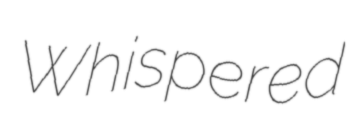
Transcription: Whispered